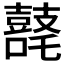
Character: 𪔘